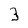
Character: 3